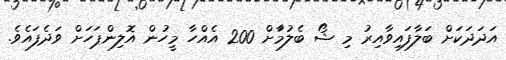
އަދަދަކަށް ބަލާފައިވާއިރު މި ޝޯ ބެލުމަާށް 200 އެއްހާ މީހުން އޮލިންޕަހަށް ވަދެފައެވެ.